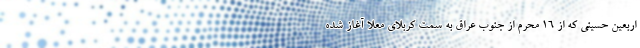
اربعین حسینی که از 16 محرم از جنوب عراق به سمت کربلای معلا آغاز شده